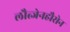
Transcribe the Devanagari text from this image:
लौत्जेनहौसेन